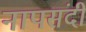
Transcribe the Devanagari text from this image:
नापसंदी